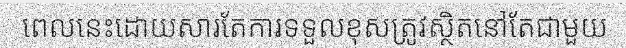
ពេលនេះដោយសារតែការទទួលខុសត្រូវស្ថិតនៅតែជាមួយ